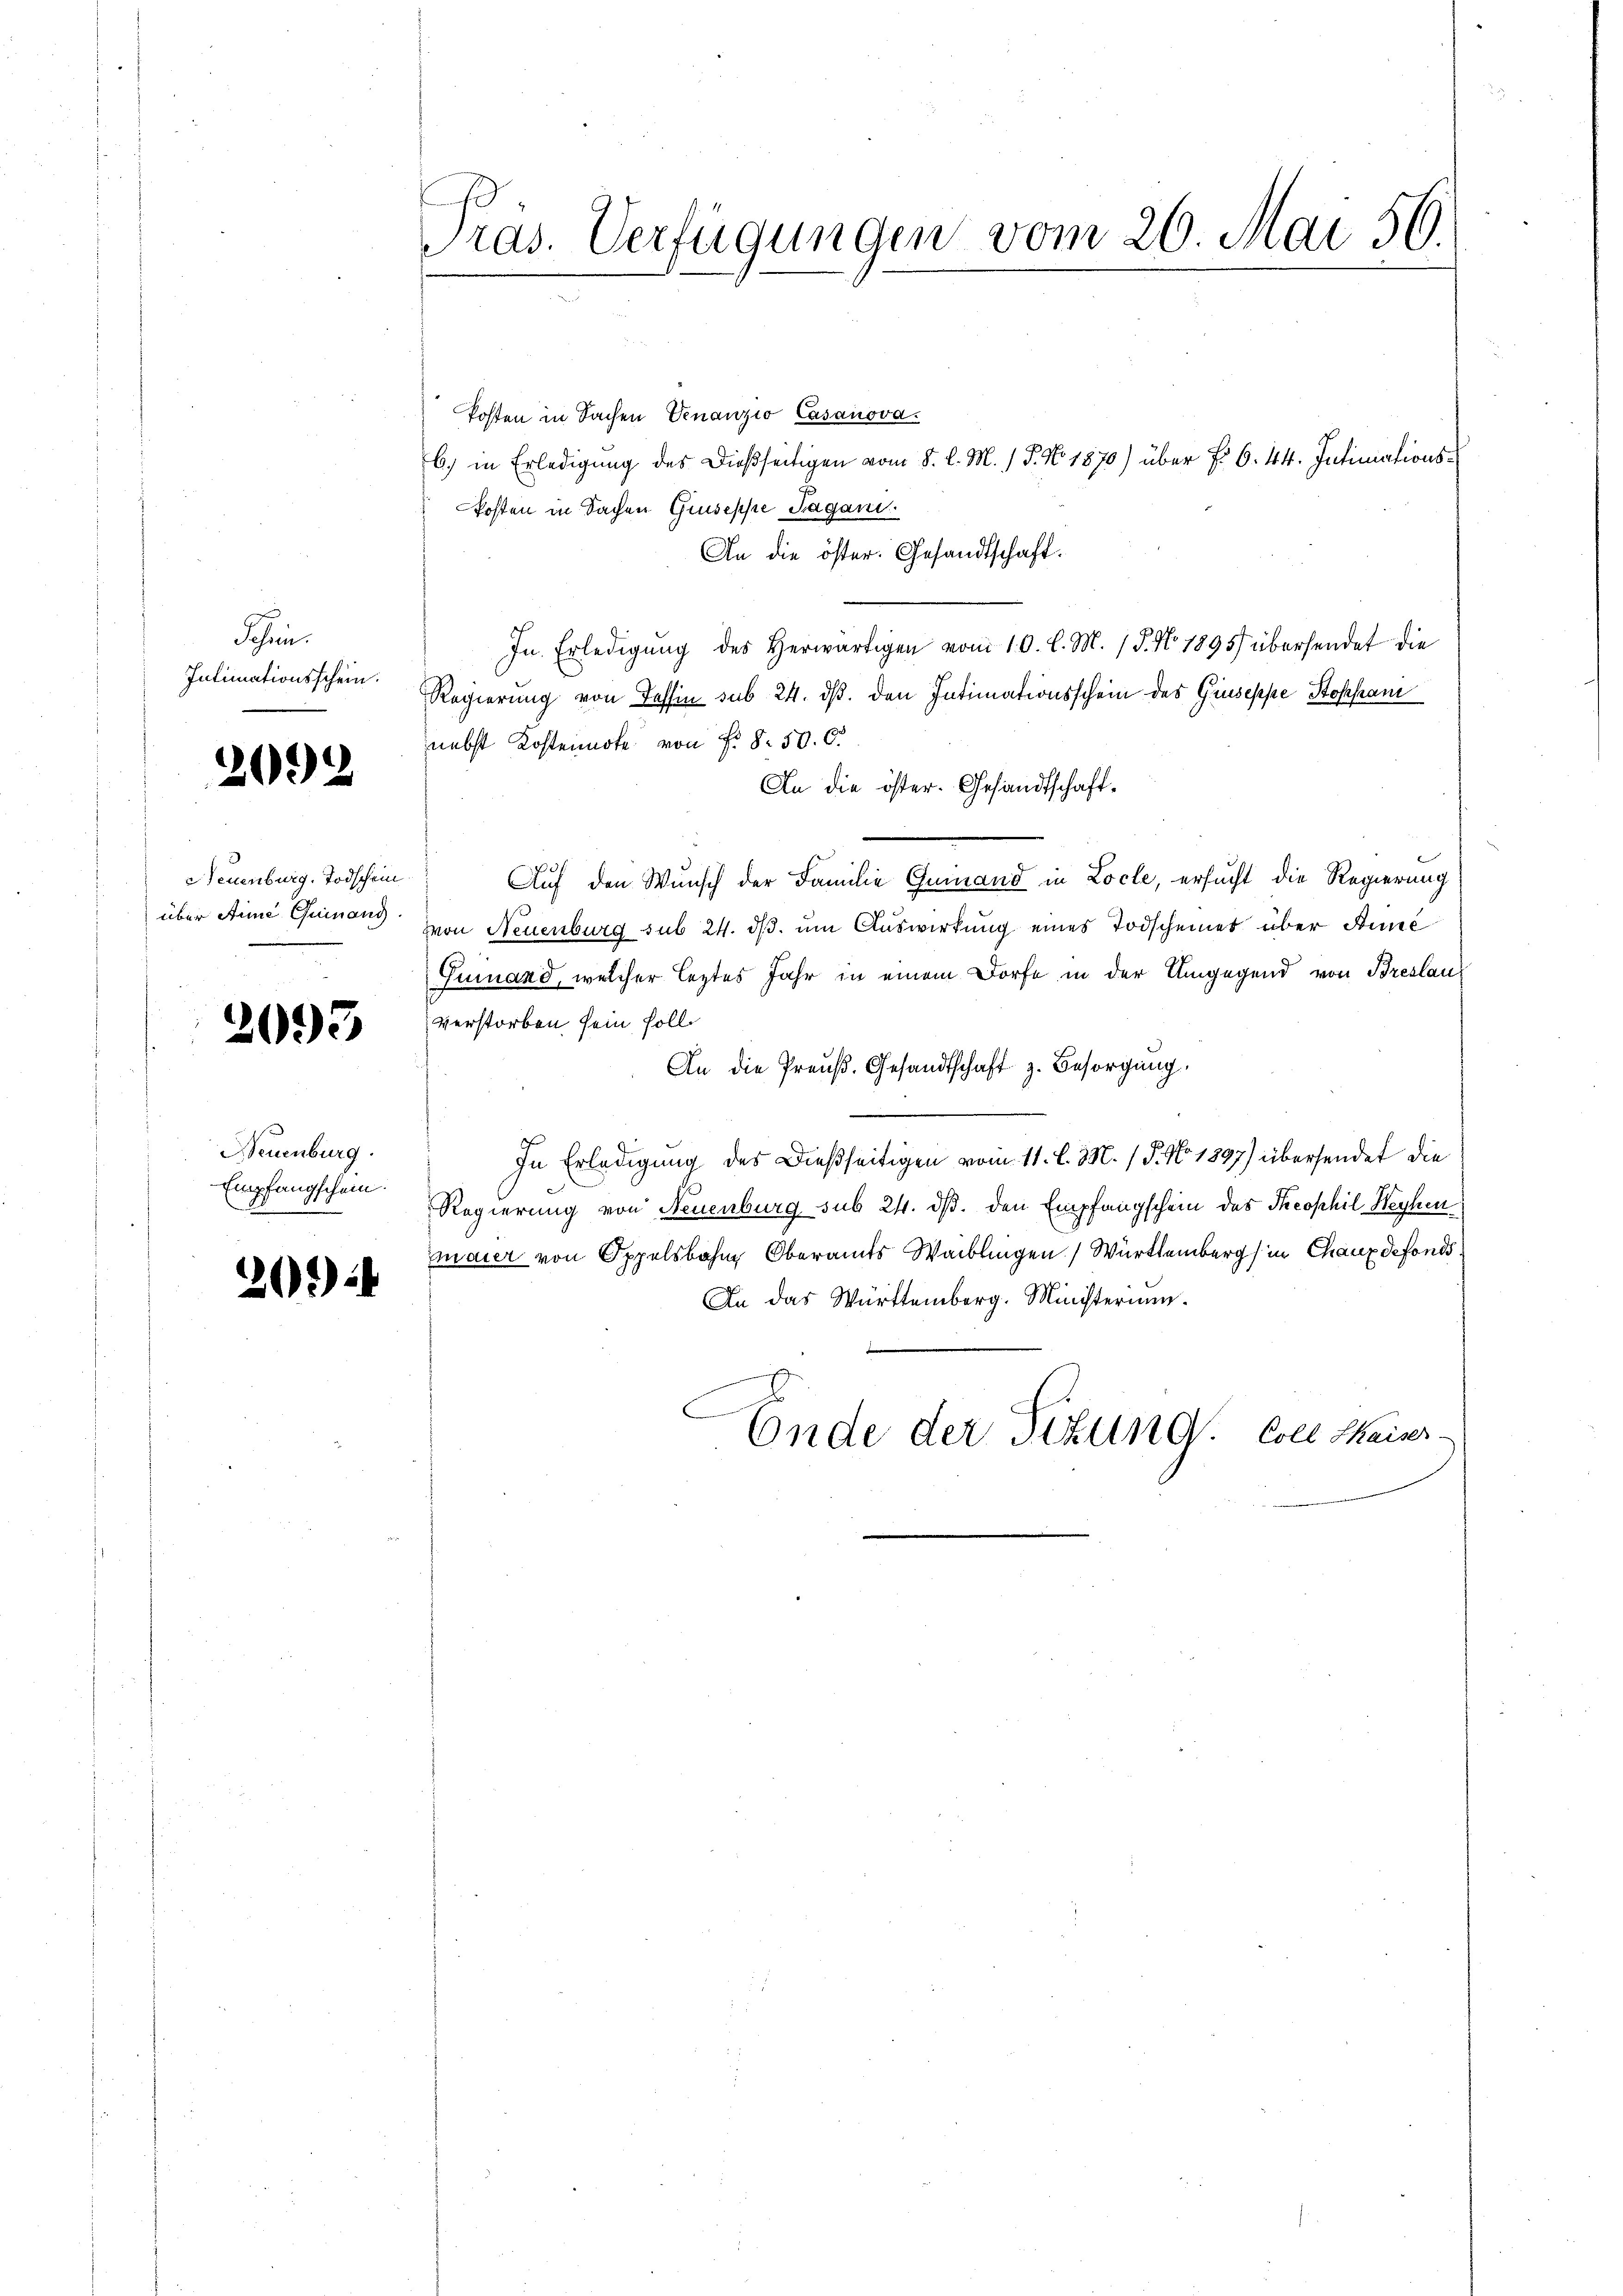
Schein.
Intimationsschein.

2092

Neuenburg. Todschein
über Ane Quinand

2093

Neuenburg.
Empfangschein.

20)

ras. Verfügungen vom 26. Mai 56.

Posten in Sachen Venanzio Casanova
6) in Erledigung des dießseitigen vom 8. d. M. / P. No. 1870) über No 6. 44. Intimationskosten in Sachen Gruseppe Pagani
An die öster. Gesandtschaft.
In Erledigung des Herwärtigen vom 10. l. M. P. No. 1895) übersendet die
Regierung von Tessin sub 24. ds. den Intimationsschein des Giuseppe Stoppan
nebst Kostennote von Fr. 8. 50. 6.
An die öster. Gesandtschaft¬
Auf den Wunsch der Familie Gemand in Locle, ersucht die Regierung
von Neuenburg sub 24. ds. um Auswirkung eines Todscheinet über Stune
Gumand, welcher leztes Jahr in einem Dorfe in der Umgegend von Breslaus
verstorben sein soll.
An die Preuß. Gesandtschaft z. Besorgung.
In Erledigung des Dießseitigen vom 11. l. M. (T. No. 1897) übersendet die
Regierung von Neuenburg sub 24. ds. den Empfangschein des Theophil Weyhen
maier von Oppelsbahn Oberamts Waiblingen Württemberg in Chaux defonds¬
An das Württemberg. Ministerium.
Ende der Titung. Colle Maiser-